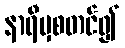
နာရီမှစတင်၍